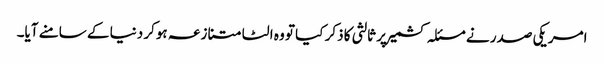
امریکی صدر نے مسئلہ کشمیر پر ثالثی کا ذکر کیا تو وہ الٹا متنازعہ ہوکر دنیا کے سامنے آیا۔